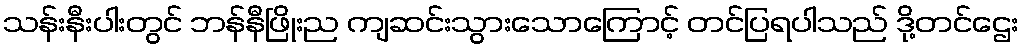
သန်းနီးပါးတွင် ဘန်နီဖြိုးည ကျဆင်းသွားသောကြောင့် တင်ပြရပါသည် ဒို့တင်ဌေး